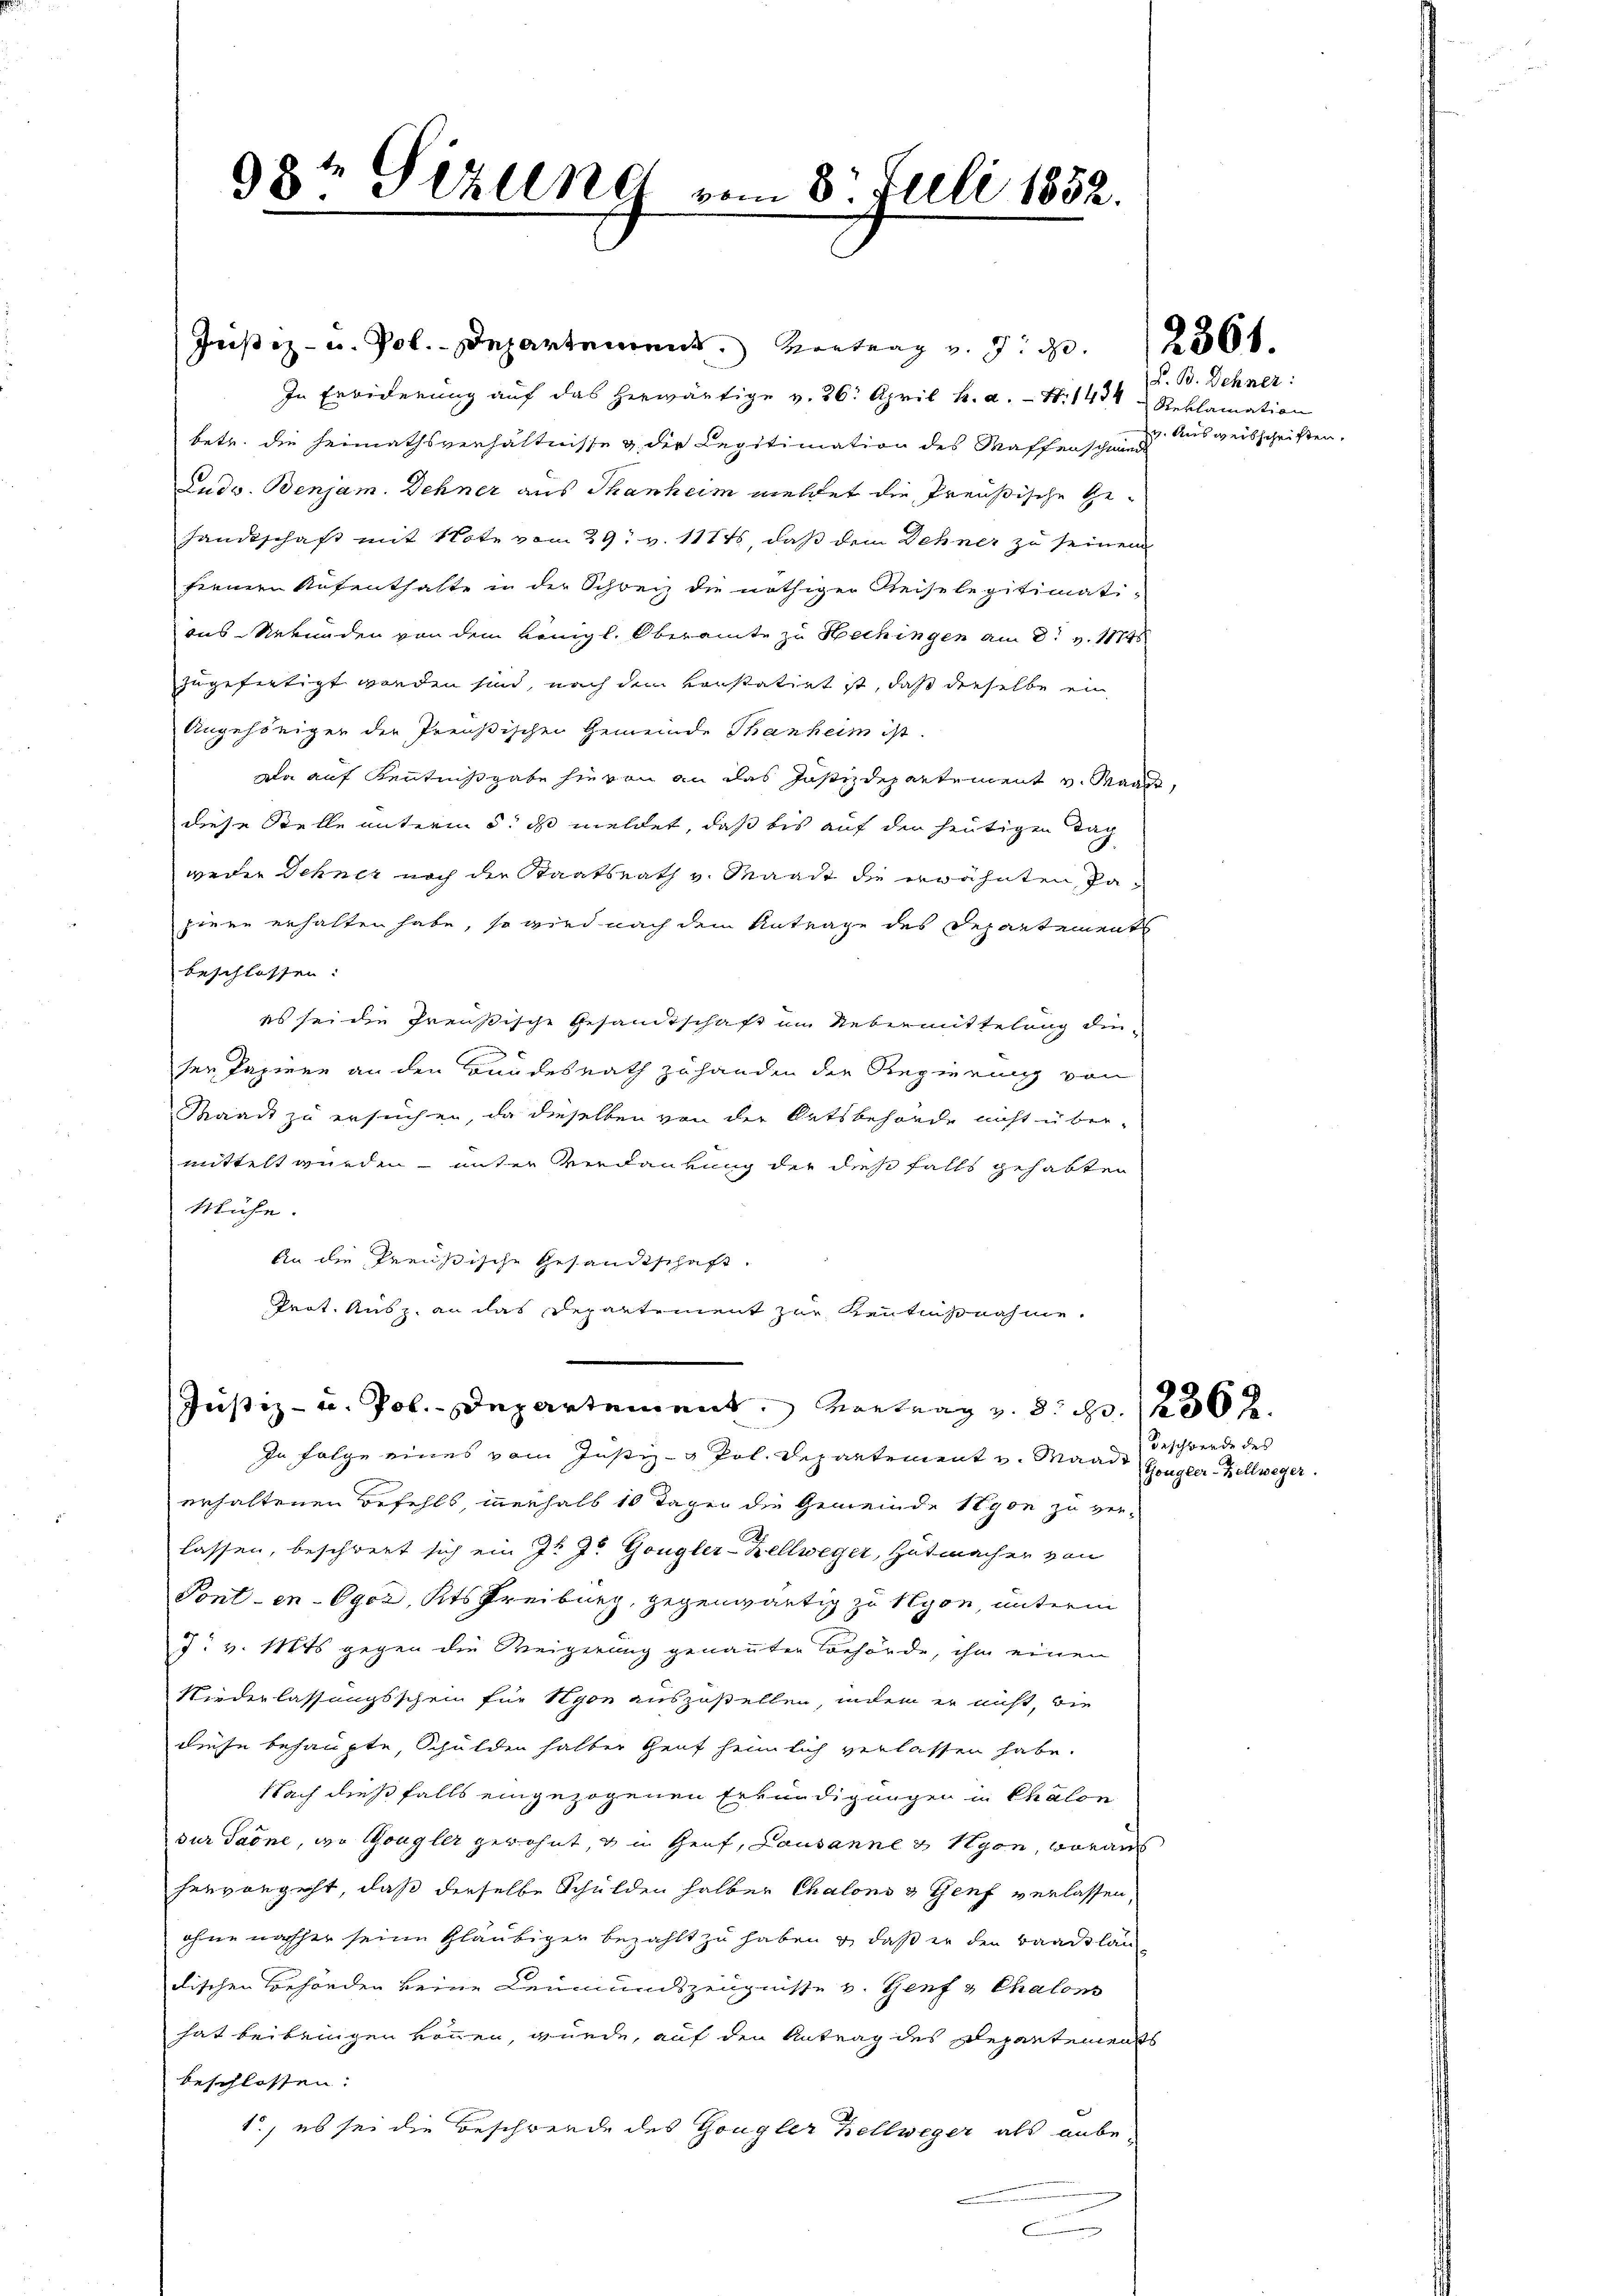
98te Perlln vom 8. Juli 1852.

Justiz- u. Pol. Departement. Vortrag v. 256 x
In Erwiderung auf das herwärtige v. 26. April h. a. S. 1434 " Reklamation
bete die Heimathsverhältnisse g der Legitimation des Waffenschmied
Ludo. Benjam. Sehner aus Sanheim meldet die Preußische Ge¬
Handtschaft mit Note vom 29. v. 118ts, daß dem Sehner zu seinem
finnern Aufenthalte in der Schweiz die nöthiger Reiselegitimati-
aus Urkunden von dem Königl. Oberamte zu Hechingen am 2. v. 1874
zugefertigt worden sind, nach dem vorstatirt ist, daß dieselbe ein
Angehöriger der Preußischen Gemeinde Thanheim ist.
Da auf Kenntnißgabe hievon an das Justizdepartement v. Maas
diese Stelle unterm 5. ds meldet, daß bis auf den heutigen Tag
weder Schner noch die Staatsrath v. Waadt die erwähnten, hapiere erhalten habe, so wird nach dem Antrage des Departements
beschlossen:
es sei die Preußische Gesandtschaft im Uebermittelung dieser Papiere an den Bundesrath zu handen der Regierung von
Baackt zu ersuchen, da dieselben von der Ortsbehörde nicht über-
mittelt wurden, unter Verdankung der dies falls gehabten
Mühe.
An die Preußische Gesandtschaft.
Prot. Ausz. an das Departement zur Kenntnißnahme
Justiz- u. Pol.- Departement. Vortrag v. 8. pr. 1 f 36 x
In Folge eines vom Justiz- & Pol. Departement u. Mande Gugler Zellweger
erhaltenen Befehls, innerhalb 10 Tagen die Gemeinde Nyon zu verlassen, beschwert sich ein J. J. Gongler-Zellweger, Hutmacher von
Tonten-Ogoz, Kts Freiburg, gegenwärtig zu Nyon, unterm
J. v. Mts gegen die Weigerung genannten Behörde, ihm einen
Niederlassungsschein für Nyon auszustellen, indem er nicht, die
diese behaupte, Schulden halber Gent heimlich verlassen habe.
Nach dießfalls eingezogenen Erkundigungen in Chalon
dur Sadne, wo Gongler gewohnt, & in Graf, Lausanne & Hyon, woraus
hervorgeht, daß derselbe Schulden halber Chalons & Genf verlassen,
ohne nachher seine Gläubiger bezahlt zu haben & daß er den Baadslän
dischen Behörden keine Leumundszeugnisse v. Genf & Chalons
hat beibringen können, wurde, auf den Antrag des Departements
beschlossen:
1., es sei die Beschwerde des Gongler Hellweger als anbe-
c

P. B. Sehner:
v. Ausweisschriften.

Geschwerde des